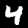
Label: 4